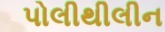
પોલીથીલીન